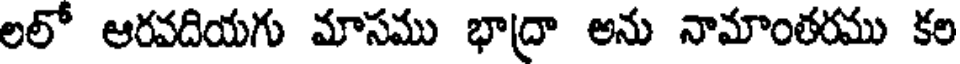
లలో ఆరవదియగు మాసము భాద్రా అను నామాంతరము కల